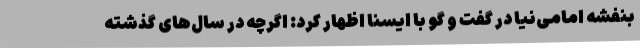
بنفشه امامی‌نیا در گفت و گو با ایسنا اظهار کرد: اگرچه در سال‌های گذشته